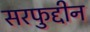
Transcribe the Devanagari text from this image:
सरफुद्दीन